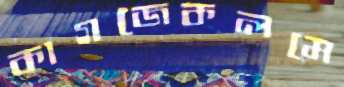
কাগজেকলমে